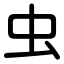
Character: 虫